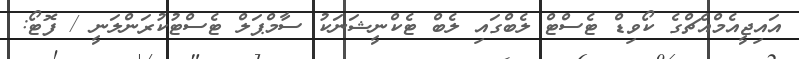
އައިޖީއެމްއެޗްގެ ކޯވިޑް ޓެސްޓް ލެބްގައި ލެބް ޓެކްނީޝަނަކު ސާމްޕަލް ޓެސްޓުކުރަންލަނީ / ފޮޓޯ: